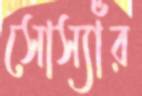
সোস্যাঁর